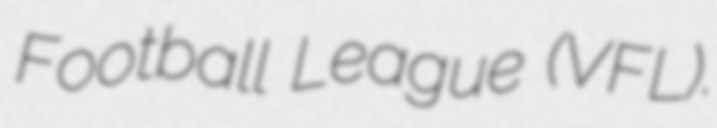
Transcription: Football League (VFL).